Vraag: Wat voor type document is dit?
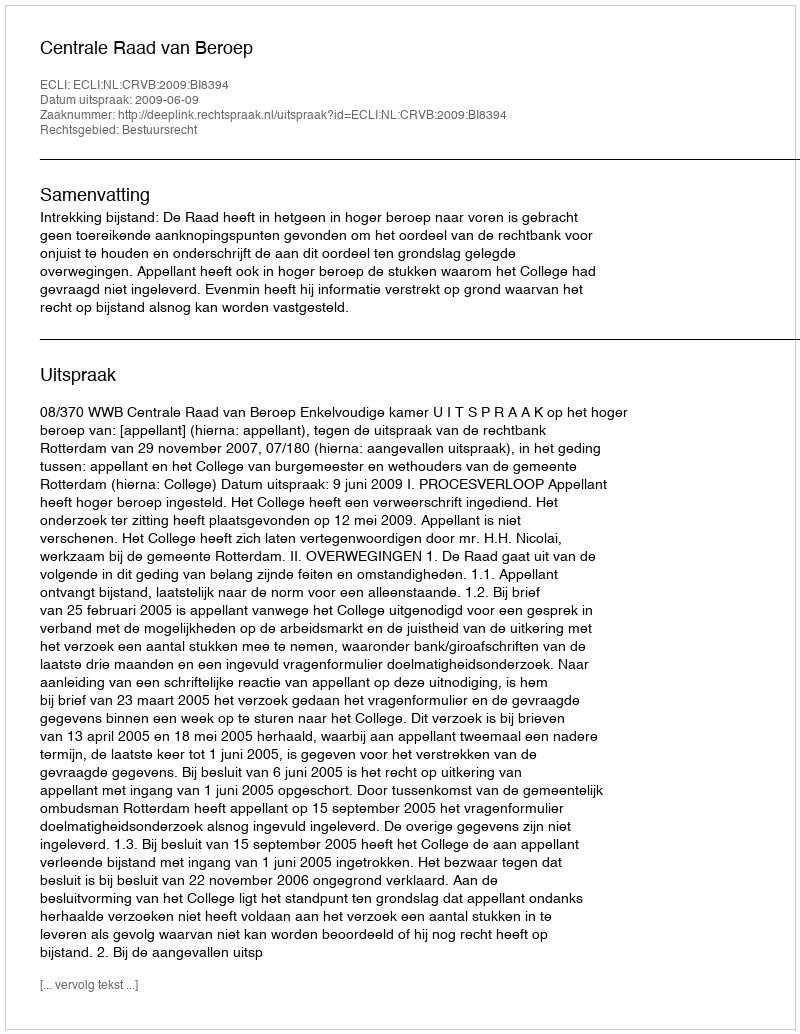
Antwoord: Uitspraak